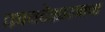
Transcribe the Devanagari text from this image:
कायदेशास्त्राचा